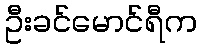
ဦးခင်မောင်ရီက